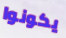
يكونوا